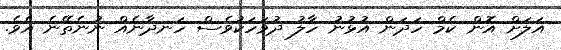
އަލަށް އޮން ކެމް ހަދަން އުޅުނު ހާލު ދުވަހަކުވެސް ހަނދާނެއް ނުނެތޭނެ އެވެ.